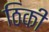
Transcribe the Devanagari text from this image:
ठिकी